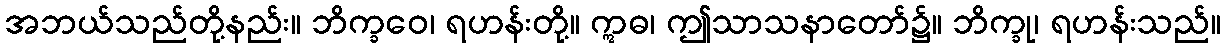
အဘယ်သည်တို့နည်း။ ဘိက္ခဝေ၊ ရဟန်းတို့။ ဣဓ၊ ဤသာသနာတော်၌။ ဘိက္ခု၊ ရဟန်းသည်။